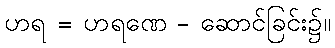
ဟရ = ဟရဏေ - ဆောင်ခြင်း၌။